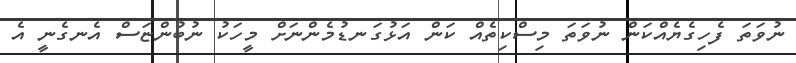
ނުވަތަ ފެހިގެޔެއްކަން ނުވަތަ މިސްކިތެއް ކަން އަޅުގަނޑުމެންނަށް މީހަކު ނުބުންޏަސް އެނގެނީ އެ